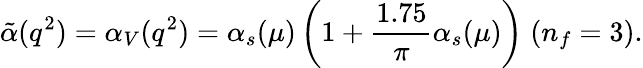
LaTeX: \tilde{\alpha}(q^{2})=\alpha_{V}(q^{2})=\alpha_{s}(\mu)\left(1+\frac{1.75}{\pi}\alpha_{s}(\mu)\right)\; (n_{f}=3).